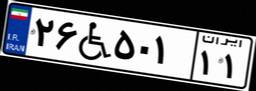
۲۶W۵۰۱۱۱